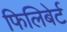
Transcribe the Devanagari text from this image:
फिलिबेर्ट